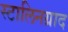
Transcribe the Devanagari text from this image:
स्टालिनग्राद